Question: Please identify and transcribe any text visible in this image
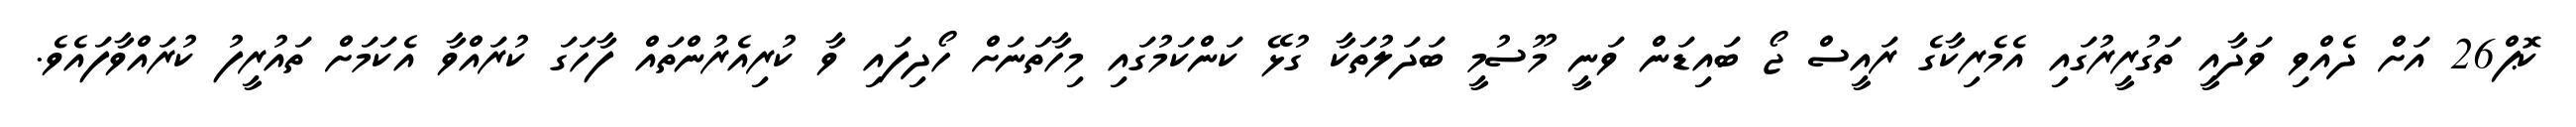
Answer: ކޮޕް26 އަށް ދެއްވި ވަދާއީ ތަގުރީރުގައި އެމެރިކާގެ ރައީސް ޖޯ ބައިޑަން ވަނީ މޫސުމީ ބަދަލުތަކާ ގުޅޭ ކަންކަމުގައި މިހާތަނަށް ހޯދިފައި ވާ ކުރިއެރުންތައް ފާހަގަ ކުރައްވާ އެކަމަށް ތައުރީފު ކުރައްވާފައެވެ.